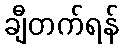
ချီတက်ရန်